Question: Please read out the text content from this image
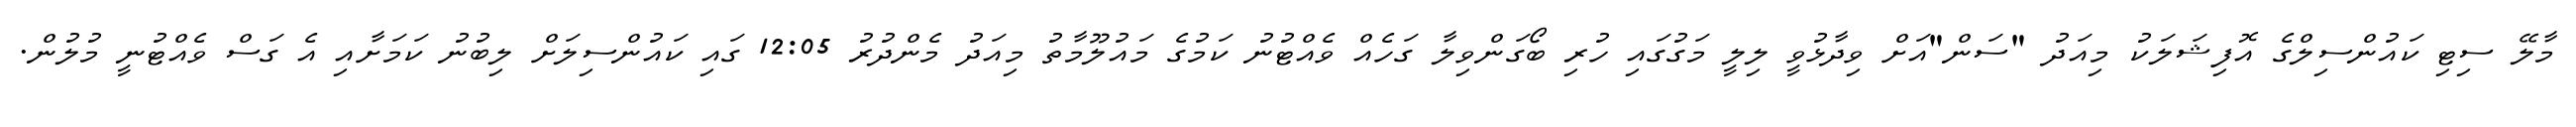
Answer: މާލޭ ސިޓި ކައުންސިލްގެ އޮފިޝަލަކު މިއަދު "ސަން"އަށް ވިދާޅުވީ ލިލީ މަގުގައި ހުރި ބޯގަންވިލާ ގަހެއް ވެއްޓުނު ކަމުގެ މައުލޫމާތު މިއަދު މެންދުރު 12:05 ގައި ކައުންސިލަށް ލިބުނު ކަމަށާއި އެ ގަސް ވެއްޓުނީ މުލުން.